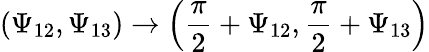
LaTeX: \left(\Psi_{12},\Psi_{13}\right)\rightarrow\left(\frac{\pi}{2}+\Psi_{12},\frac{\pi}{2}+\Psi_{13}\right)